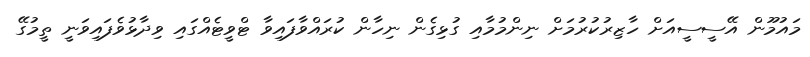
މައުމޫން އޭސީސީއަށް ހާޒިރުކުރުމަށް ނިންމުމާއި ގުޅިގެން ނިހާން ކުރައްވާފައިވާ ޓްވީޓެއްގައި ވިދާޅުވެފައިވަނީ ތީމުގޭ